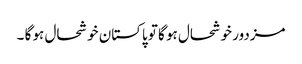
مزدور خوشحال ہو گا تو پاکستان خوشحال ہو گا ۔